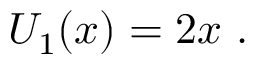
~ U _ { 1 } ( x ) = 2 x ~ .